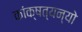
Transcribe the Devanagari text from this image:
कांक्षत्यन्यो